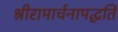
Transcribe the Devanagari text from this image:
श्रीरामार्चनापद्धति